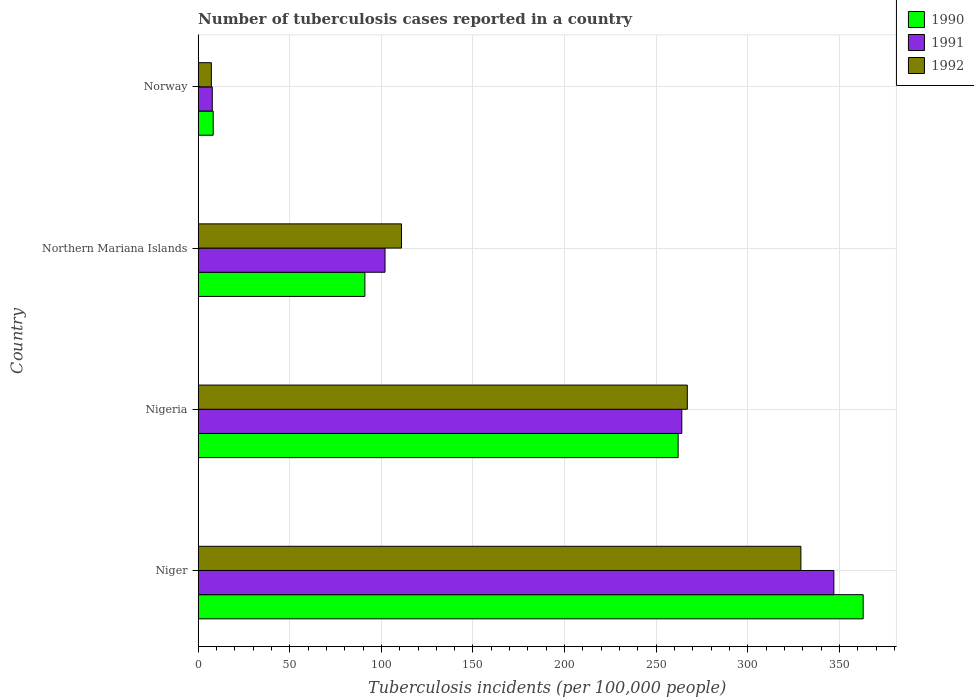
| Country | 1990 | 1991 | 1992 |
 | --- | --- | --- | --- |
 | Niger | 363 | 347 | 329 |
 | Nigeria | 262 | 264 | 267 |
 | Northern Mariana Islands | 91 | 102 | 111 |
 | Norway | 8.2 | 7.7 | 7.2 |